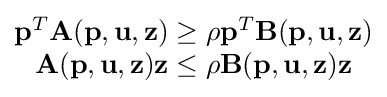
{\begin{matrix}\mathbf {p} ^{T}\mathbf {A} (\mathbf {p} ,\mathbf {u} ,\mathbf {z} )\geq \rho \mathbf {p} ^{T}\mathbf {B} (\mathbf {p} ,\mathbf {u} ,\mathbf {z} )\\\mathbf {A} (\mathbf {p} ,\mathbf {u} ,\mathbf {z} )\mathbf {z} \leq \rho \mathbf {B} (\mathbf {p} ,\mathbf {u} ,\mathbf {z} ){\mathbf {z} }\\\end{matrix}}